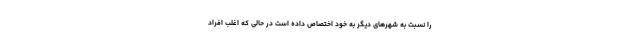
را نسبت به شهر‌های دیگر به خود اختصاص داده است در حالی که اغلب افراد